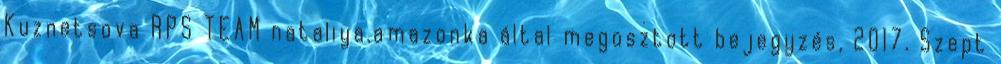
Kuznetsova RPS TEAM nataliya.amazonka által megosztott bejegyzés, 2017. Szept